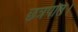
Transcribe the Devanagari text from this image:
छत्रपति।